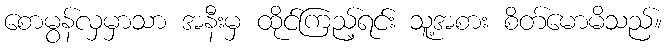
စောမွန်လှမှာသာ အနီးမှ ထိုင်ကြည့်ရင်း သူ့အစား စိတ်မောမိသည်။